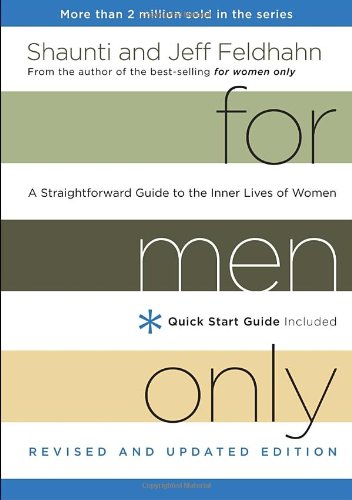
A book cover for For Men Only, Revised and Updated Edition: A Straightforward Guide to the Inner Lives of Women; Shaunti Feldhahn; Parenting & Relationships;